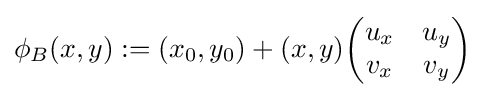
\phi _{B}(x,y):=(x_{0},y_{0})+(x,y){\begin{pmatrix}u_{x}&u_{y}\\v_{x}&v_{y}\end{pmatrix}}